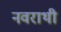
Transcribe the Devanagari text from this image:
नवराथी